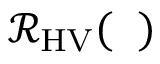
\mathcal { R } _ { \mathrm { H V } } ( { \it \Delta \phi } )